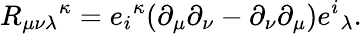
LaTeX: {R_{\mu\nu\lambda}}^{\kappa}={e_{i}}^{\kappa}(\partial_{\mu}\partial_{\nu}-\partial_{\nu}\partial_{\mu}){e^{i}}_{\lambda}.